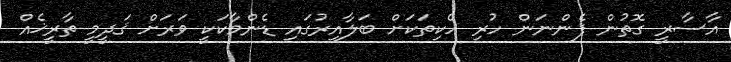
އާސާރީ ގޮތުން ފެންނަން ހުރި ހެކިތަކަށް ބަލާއިރުގައި ޑެންމާކަކީ ވަރަށް ޤަދީމީ ތާރީޚެއް